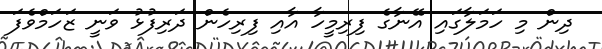
ދިން މި ހަމަލާގައި އޭނާގެ ފިރިމީހާ އާއި ފިރިހެން ދަރިފުޅު ވަނީ ޒަހަމްވެފަ